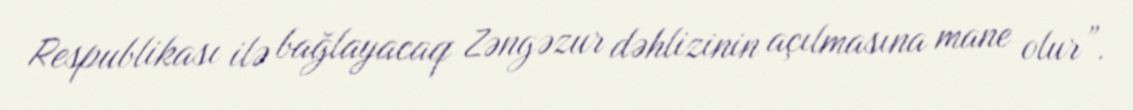
Respublikası ilə bağlayacaq Zəngəzur dəhlizinin açılmasına mane olur”.